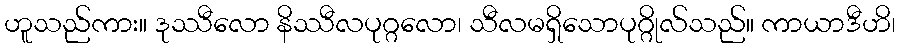
ဟူသည်ကား။ ဒုဿီလော နိဿီလပုဂ္ဂလော၊ သီလမရှိသောပုဂ္ဂိုလ်သည်။ ကာယာဒီဟိ၊